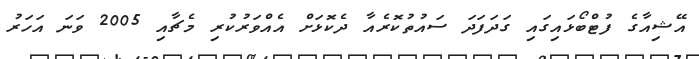
އޭޝިއާގެ ފުޓްބޯޅައިގައި ގަދަފަދަ ސައުތުކޮރެއާ ދެކޮޅަށް އެއްވަރުކުރި މެޗާއި 2005 ވަނަ އަހަރު